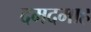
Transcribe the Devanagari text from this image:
दमदमाह